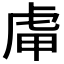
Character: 𧆥